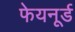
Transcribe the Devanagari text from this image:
फेयनूर्ड